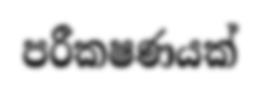
පරීකෂණයක්